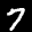
Label: 7